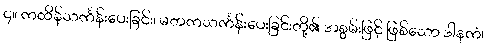
၄။ ကထိန်သင်္ကန်းပေးခြင်း၊ မတကသင်္ကန်းပေးခြင်းတို့၏ အစွမ်းဖြင့် ဖြစ်သော ဒါနကံ၊